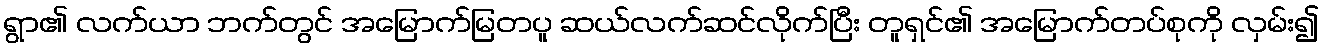
ရွာ၏ လက်ယာ ဘက်တွင် အမြောက်မြတပူ ဆယ်လက်ဆင်လိုက်ပြီး တူရှင်၏ အမြောက်တပ်စုကို လှမ်း၍